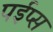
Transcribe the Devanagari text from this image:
पईप्स